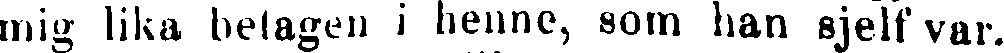
mig lika betagen i henne, som han sjelf var.